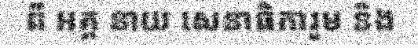
ពី អគ្គ នាយ សេនាធិការួម និង